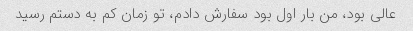
عالی بود، من بار اول بود سفارش دادم، تو زمان کم به دستم رسید